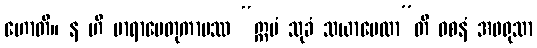
ဟောတိ။ န ဟိ မာရာပေတုကာမဿ “ဣမံ သုခံ သယာပေထာ”တိ ဝစနံ အဖရုသာ